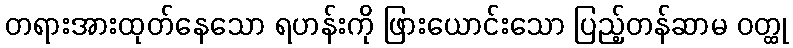
တရားအားထုတ်နေသော ရဟန်းကို ဖြားယောင်းသော ပြည့်တန်ဆာမ ဝတ္ထု